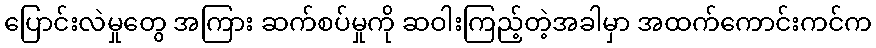
ပြောင်းလဲမှုတွေ အကြား ဆက်စပ်မှုကို ဆဝါးကြည့်တဲ့အခါမှာ အထက်ကောင်းကင်က